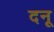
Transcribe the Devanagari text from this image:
दनू